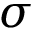
\sigma